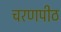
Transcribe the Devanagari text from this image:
चरणपीठ